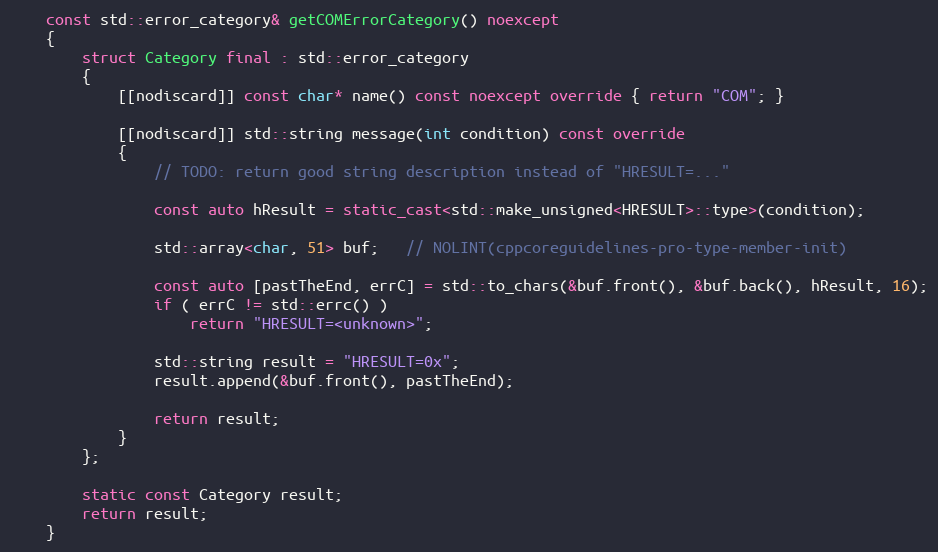
Language: C++
    const std::error_category& getCOMErrorCategory() noexcept
    {
        struct Category final : std::error_category
        {
            [[nodiscard]] const char* name() const noexcept override { return "COM"; }

            [[nodiscard]] std::string message(int condition) const override
            {
                // TODO: return good string description instead of "HRESULT=..."

                const auto hResult = static_cast<std::make_unsigned<HRESULT>::type>(condition);

                std::array<char, 51> buf;   // NOLINT(cppcoreguidelines-pro-type-member-init)

                const auto [pastTheEnd, errC] = std::to_chars(&buf.front(), &buf.back(), hResult, 16);
                if ( errC != std::errc() )
                    return "HRESULT=<unknown>";

                std::string result = "HRESULT=0x";
                result.append(&buf.front(), pastTheEnd);

                return result;
            }
        };

        static const Category result;
        return result;
    }